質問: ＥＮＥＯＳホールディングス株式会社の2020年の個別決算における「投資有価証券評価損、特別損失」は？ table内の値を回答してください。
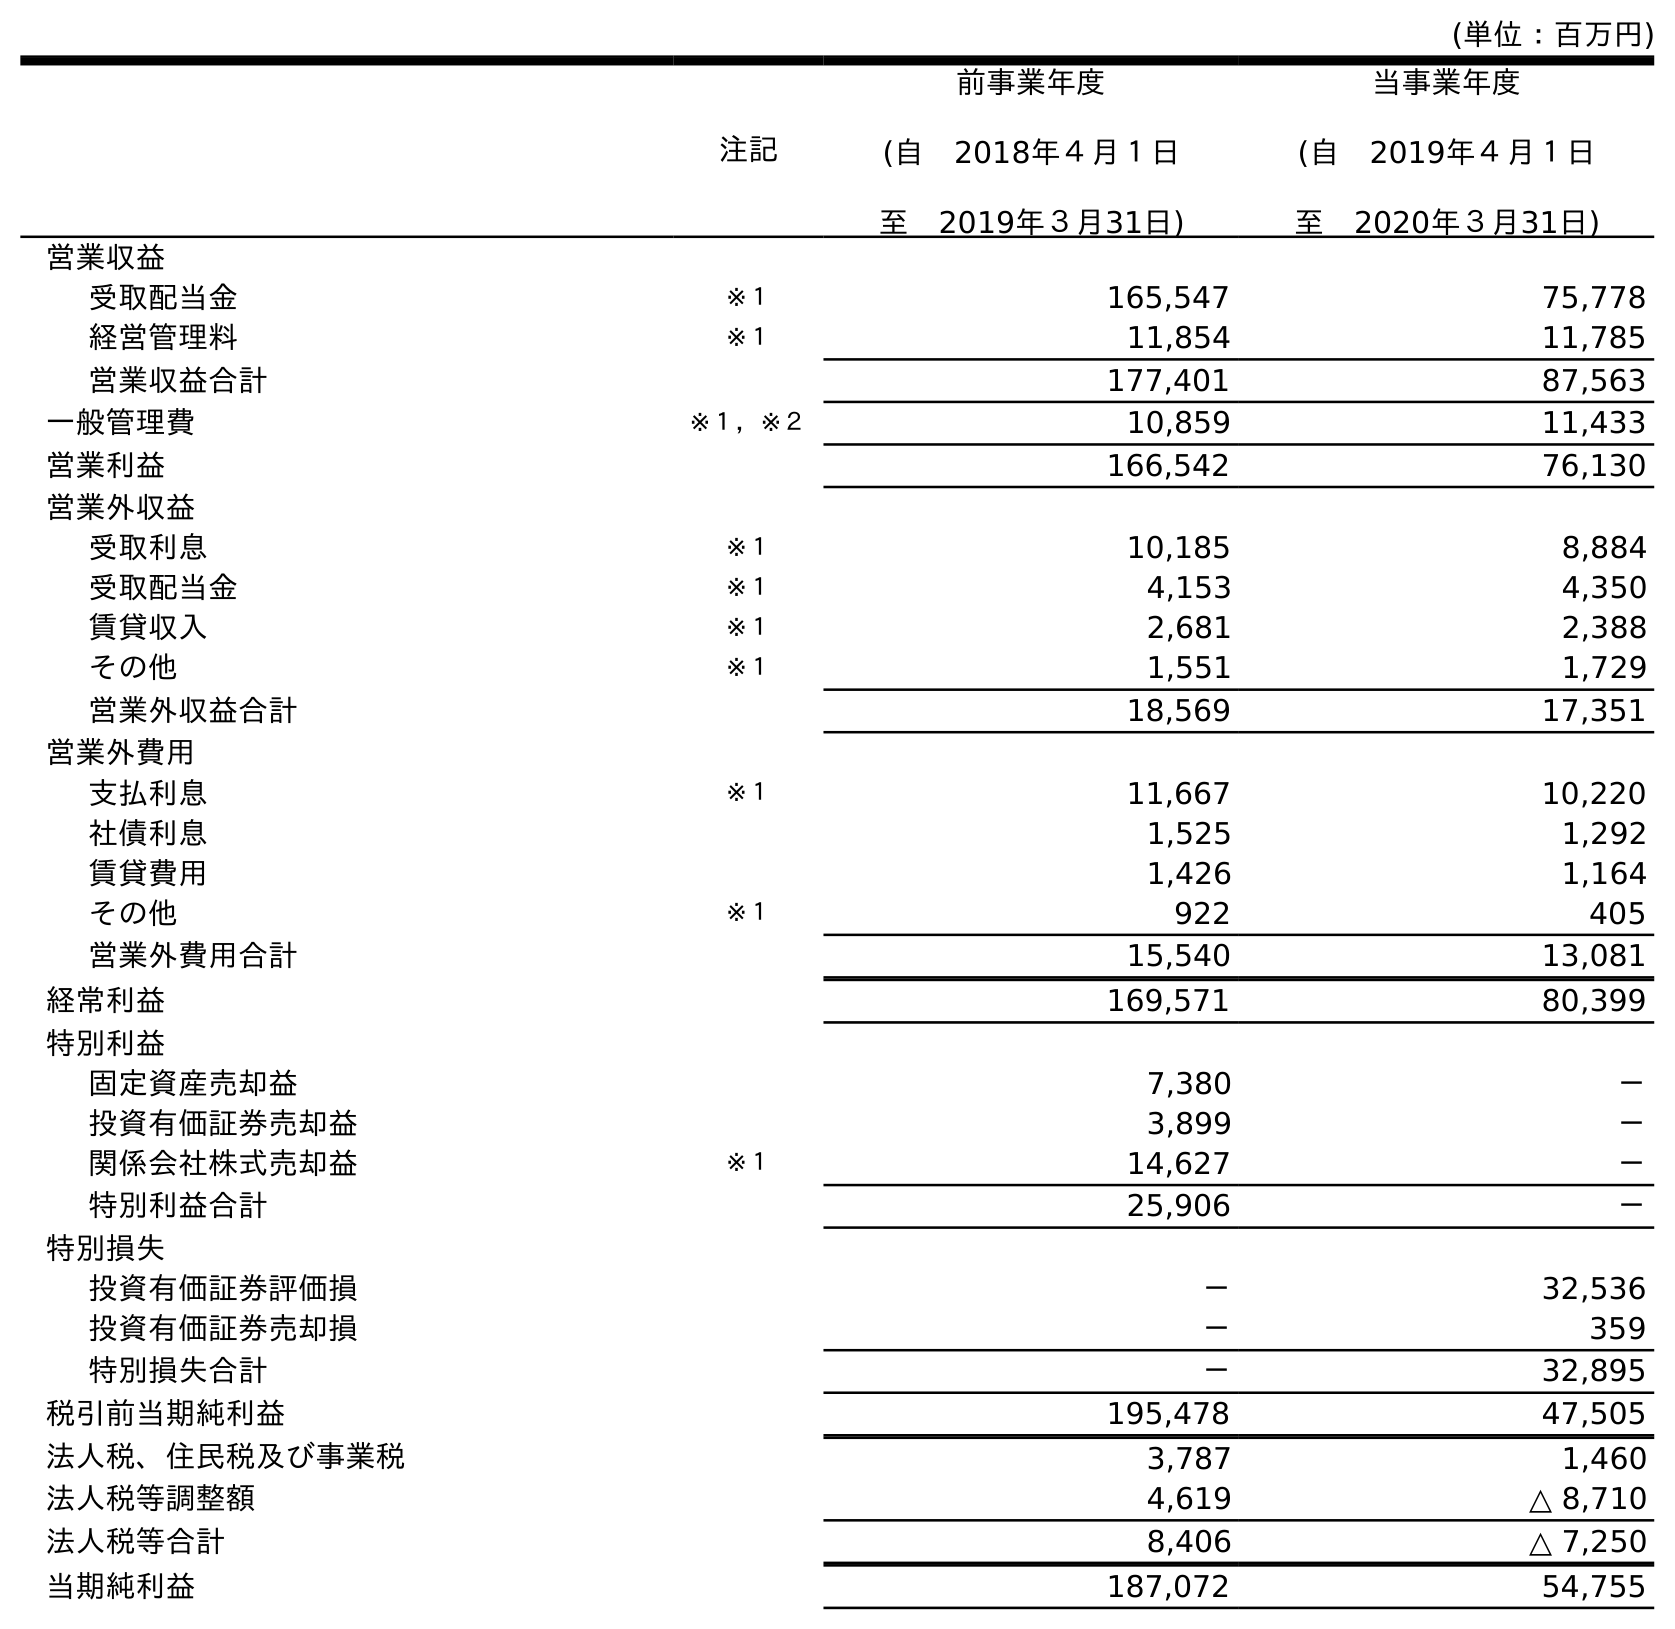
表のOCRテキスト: (単位：百万円) 注記 前事業年度 (自 2018年４月１日 至 2019年３月31日) 当事業年度 (自 2019年４月１日 至 2020年３月31日) 営業収益 受取配当金 ※１ 165,547 75,778 経営管理料 ※１ 11,854 11,785 営業収益合計 177,401 87,563 一般管理費 ※１，※２ 10,859 11,433 営業利益 166,542 76,130 営業外収益 受取利息 ※１ 10,185 8,884 受取配当金 ※１ 4,153 4,350 賃貸収入 ※１ 2,681 2,388 その他 ※１ 1,551 1,729 営業外収益合計 18,569 17,351 営業外費用 支払利息 ※１ 11,667 10,220 社債利息 1,525 1,292 賃貸費用 1,426 1,164 その他 ※１ 922 405 営業外費用合計 15,540 13,081 経常利益 169,571 80,399 特別利益 固定資産売却益 7,380 － 投資有価証券売却益 3,899 － 関係会社株式売却益 ※１ 14,627 － 特別利益合計 25,906 － 特別損失 投資有価証券評価損 － 32,536 投資有価証券売却損 － 359 特別損失合計 － 32,895 税引前当期純利益 195,478 47,505 法人税、住民税及び事業税 3,787 1,460 法人税等調整額 4,619 △ 8,710 法人税等合計 8,406 △ 7,250 当期純利益 187,072 54,755
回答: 32,536